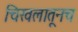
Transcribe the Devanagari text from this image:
चिखलातूनच